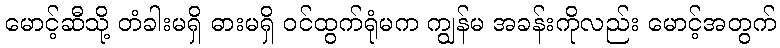
မောင့်ဆီသို့ တံခါးမရှိ ဓားမရှိ ဝင်ထွက်ရုံမက ကျွန်မ အခန်းကိုလည်း မောင့်အတွက်